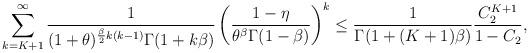
LaTeX: \begin{align*}\sum_{k=K+1}^\infty \frac{1}{(1+\theta)^{\frac{\beta}{2}k(k-1)}\Gamma(1+k\beta)}\left(\frac{1-\eta}{\theta^\beta\Gamma(1-\beta)}\right)^k\leq \frac{1}{\Gamma(1+(K+1)\beta)}\frac{C_2^{K+1}}{1-C_2},\end{align*}